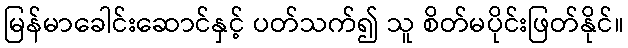
မြန်မာခေါင်းဆောင်နှင့် ပတ်သက်၍ သူ စိတ်မပိုင်းဖြတ်နိုင်။